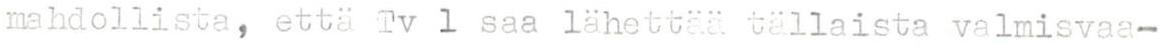
mahdollista, että Tv 1 saa lähettää tällaista valmisvaa-